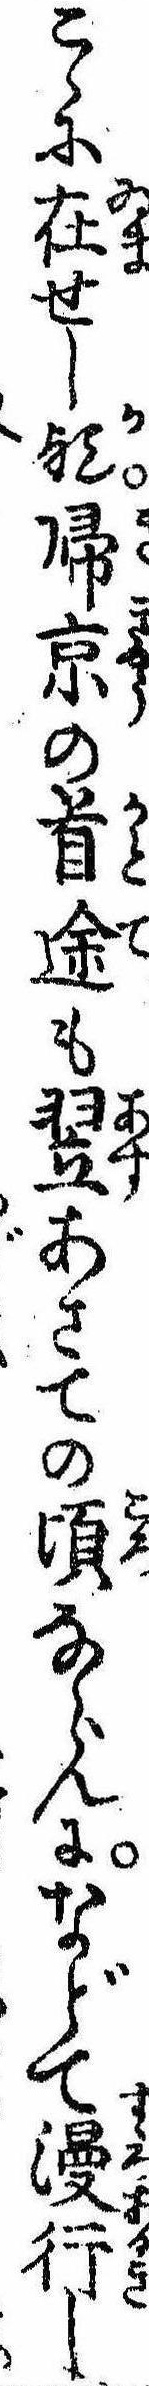
こゝに在せし歟帰京の首途も翌あさての頃ならんになどて漫行し